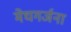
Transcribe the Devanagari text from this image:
मेघगर्जना